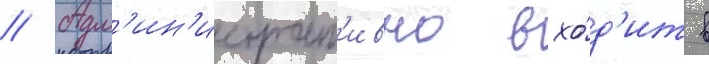
// Адм'ин'истрат'ивно вхо́д'ит в